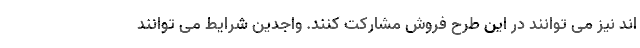
اند نیز می توانند در این طرح فروش مشارکت کنند. واجدین شرایط می توانند